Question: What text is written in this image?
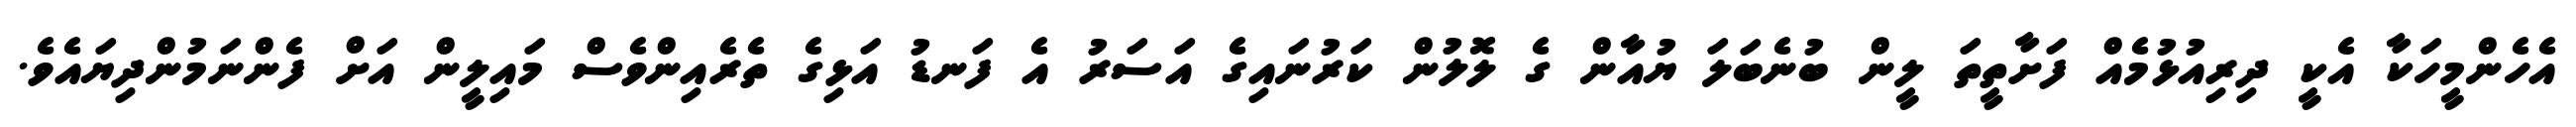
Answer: އެހެންމީހަކާ އެކީ ދިރިއުޅުމެއް ފަށާތީތަ ލީން ބުނެބަލަ ޔުއާން ގެ ލޮލުން ކަރުނައިގެ އަސަރު އެ ފަނޑު އަޅިގެ ތެރެއިންވެސް މައިލީން އަށް ފެންނަމުންދިޔައެވެ.